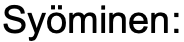
Syöminen: